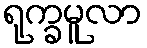
ရုက္ခမူလာ